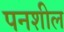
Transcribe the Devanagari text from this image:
पनशील